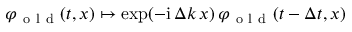
\varphi _ { \mathrm { ~ o ~ l ~ d ~ } } ( t , x ) \mapsto \exp ( - \mathrm { i } \, \Delta k \, x ) \, \varphi _ { \mathrm { ~ o ~ l ~ d ~ } } ( t - \Delta t , x )